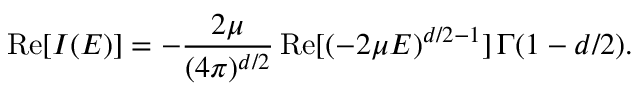
\mathrm { R e } [ I ( E ) ] = - \frac { 2 \mu } { ( 4 \pi ) ^ { d / 2 } } \, \mathrm { R e } [ ( - 2 \mu E ) ^ { d / 2 - 1 } ] \, \Gamma ( 1 - d / 2 ) .